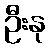
ဦးနု